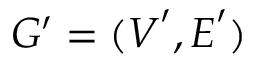
G ^ { \prime } = ( \boldsymbol { V } ^ { \prime } , \boldsymbol { E } ^ { \prime } )